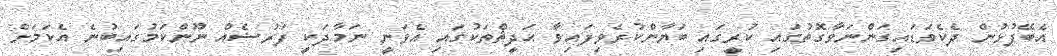
އެބޭފުޅުން ދެކެވަޑައިގަންނަވާގޮތުގައި ކުރީގައި ބަޔާންކުރެވިފައިވާ ޙަދީޘްތަކުގައި އެވަނީ ނަމާދަކީ ފަރުޟެއް ނޫންކަމުގައިބުނެ އެކަމަށް